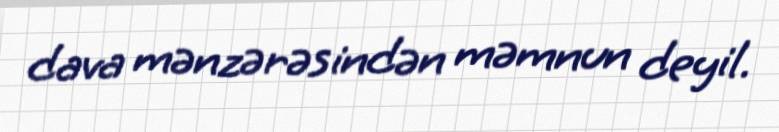
dava mənzərəsindən məmnun deyil.